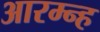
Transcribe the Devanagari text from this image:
आरम्न्ह